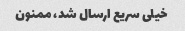
خیلی سریع ارسال شد، ممنون